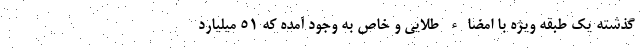
گذشته یک طبقه ویژه با امضاء طلایی و خاص به وجود آمده که ۵۱ میلیارد